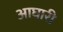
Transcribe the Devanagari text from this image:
आघारी